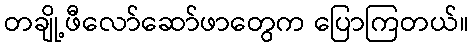
တချို့ဖီလော်ဆော်ဖာတွေက ပြောကြတယ်။